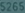
526897430